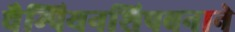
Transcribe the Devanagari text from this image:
चैम्पियनशिपबनाने